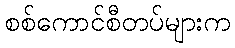
စစ်ကောင်စီတပ်များက